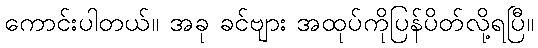
ကောင်းပါတယ်။ အခု ခင်ဗျား အထုပ်ကိုပြန်ပိတ်လို့ရပြီ။